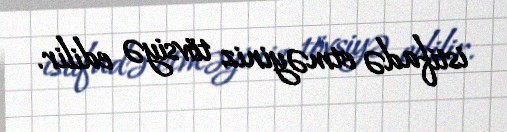
istifadə etməyiniz tövsiyə edilir.